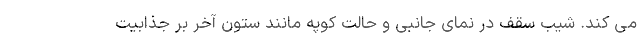
می کند. شیب سقف در نمای جانبی و حالت کوپه مانند ستون آخر بر جذابیت